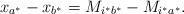
LaTeX: \begin{align*}x_{a^*}-x_{b^*}=M_{i^*b^*}-M_{i^*a^*}.\end{align*}